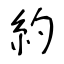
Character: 約